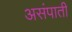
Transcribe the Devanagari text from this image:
असंपाती